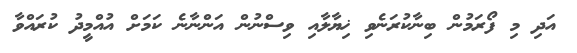
އަދި މި ފޯރަމުން ބިނާކުރަނެވި ޚިޔާލާއި ވިސްނުން އަންނާނެ ކަމަށް އުއްމީދު ކުރައްވާ